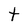
Character: t